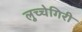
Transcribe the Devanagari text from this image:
लुच्चेगिरी